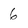
Character: 6